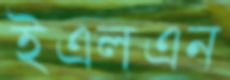
ইএলএন